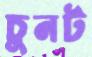
চুনট